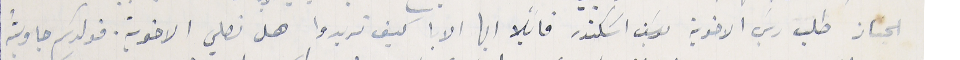
الجناز طلب ريسَ الاخوية يوسَف اسَكندر قايلًا ايها الابا كيف تريدوا هل نصلي الاخوية. فولدكم جاوبتُة